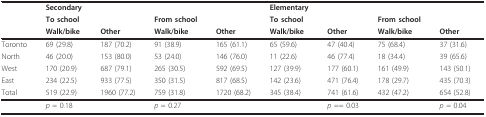
<table><thead><tr><td></td><td><b>Secondary</b></td><td></td><td></td><td></td><td><b>Elementary</b></td><td></td><td></td><td></td></tr><tr><td></td><td><b>To school</b></td><td></td><td><b>From school</b></td><td></td><td><b>To school</b></td><td></td><td><b>From school</b></td><td></td></tr><tr><td></td><td><b>Walk/bike</b></td><td><b>Other</b></td><td><b>Walk/bike</b></td><td><b>Other</b></td><td><b>Walk/bike</b></td><td><b>Other</b></td><td><b>Walk/bike</b></td><td><b>Other</b></td></tr></thead><tbody><tr><td>Toronto</td><td>69 (29.8)</td><td>187 (70.2)</td><td>91 (38.9)</td><td>165 (61.1)</td><td>65 (59.6)</td><td>47 (40.4)</td><td>75 (68.4)</td><td>37 (31.6)</td></tr><tr><td>North</td><td>46 (20.0)</td><td>153 (80.0)</td><td>53 (24.0)</td><td>146 (76.0)</td><td>11 (22.6)</td><td>46 (77.4)</td><td>18 (34.4)</td><td>39 (65.6)</td></tr><tr><td>West</td><td>170 (20.9)</td><td>687 (79.1)</td><td>265 (30.5)</td><td>592 (69.5)</td><td>127 (39.9)</td><td>177 (60.1)</td><td>161 (49.9)</td><td>143 (50.1)</td></tr><tr><td>East</td><td>234 (22.5)</td><td>933 (77.5)</td><td>350 (31.5)</td><td>817 (68.5)</td><td>142 (23.6)</td><td>471 (76.4)</td><td>178 (29.7)</td><td>435 (70.3)</td></tr><tr><td>Total</td><td>519 (22.9)</td><td>1960 (77.2)</td><td>759 (31.8)</td><td>1720 (68.2)</td><td>345 (38.4)</td><td>741 (61.6)</td><td>432 (47.2)</td><td>654 (52.8)</td></tr><tr><td></td><td><i>p </i>= 0.18</td><td></td><td><i>p </i>= 0.27</td><td></td><td></td><td><i>p </i>== 0.03</td><td></td><td><i>p </i>= 0.04</td></tr></tbody></table>